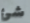
شئ